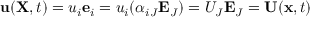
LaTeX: \mathbf { u } ( \mathbf { X } , t ) = u _ { i } \mathbf { e } _ { i } = u _ { i } ( \alpha _ { i J } \mathbf { E } _ { J } ) = U _ { J } \mathbf { E } _ { J } = \mathbf { U } ( \mathbf { x } , t )